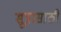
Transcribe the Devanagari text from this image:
सूत्रासाठी